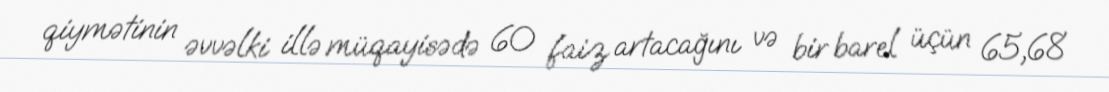
qiymətinin əvvəlki illə müqayisədə 60 faiz artacağını və bir barel üçün 65,68